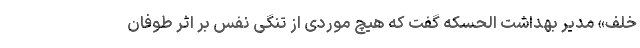
خلف» مدیر بهداشت الحسکه گفت که هیچ موردی از تنگی نفس بر اثر طوفان